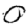
Digit: 0